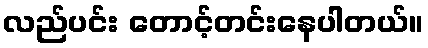
လည်ပင်း တောင့်တင်းနေပါတယ်။